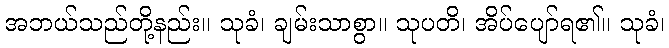
အဘယ်သည်တို့နည်း။ သုခံ၊ ချမ်းသာစွာ။ သုပတိ၊ အိပ်ပျော်ရ၏။ သုခံ၊